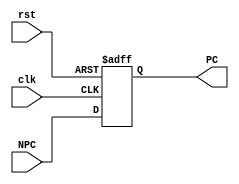
module pc (clk, rst, PC, NPC);

    input clk;
    input rst;

    input [31:0] NPC;
    
    output reg[31:0] PC;

  always @(posedge clk or posedge rst) 
  begin
    if(rst)
        PC <= 32'h0000_3000;
    else
        PC <= NPC;
  end
endmodule //pc